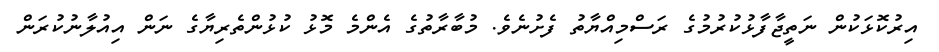
އިރުކޮޅަކުން ނަތީޖާފާޅުކުރުމުގެ ރަސްމިއްޔާތު ފެށުނެވެ. މުބާރާތުގެ އެންމެ މޮޅު ކުޅުންތެރިޔާގެ ނަން އިއުލާނުކުރަން